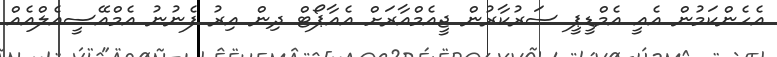
އެހެންކަމުން އެއީ އެމްޑީޕީ ސަރުކާރުން ޖީއެމްއާރަށް އެއާޕޯޓް ދިން އިރު ފެނުނު އެމްއޭސީއެލްއެއް